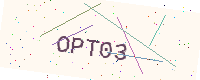
Text: OPT03